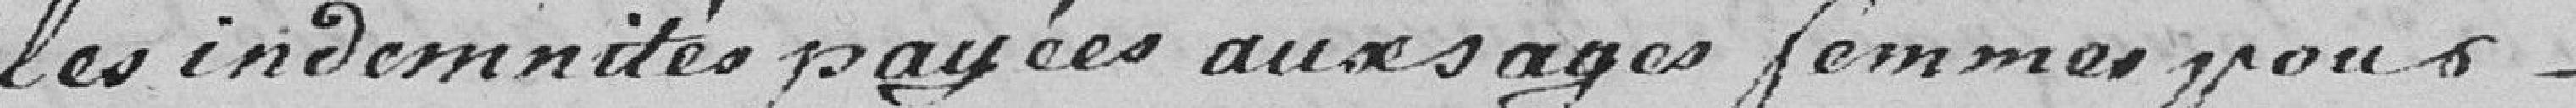
les indemnités payées aux sages femmes pour